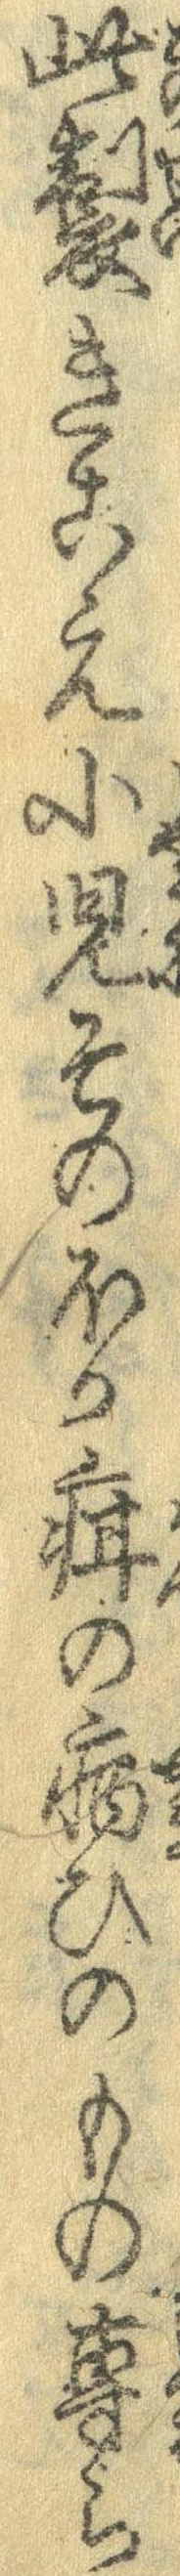
此製きこえ小児そのほか疳の病ひのもの専ら